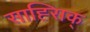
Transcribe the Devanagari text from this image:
साह्सिक्